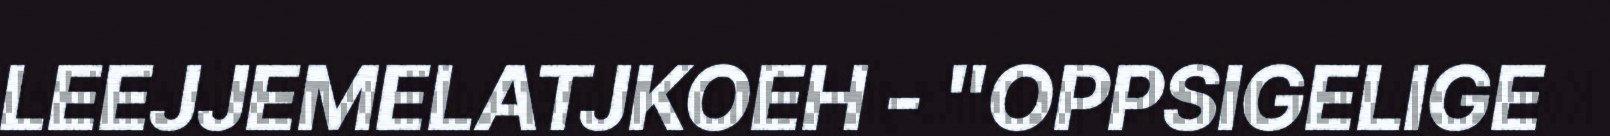
LEEJJEMELATJKOEH - "OPPSIGELIGE